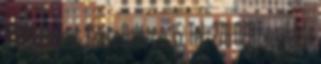
1215 Budapest, Csete Balázs u. 15. Tel.: 278-0711 E-mail:info